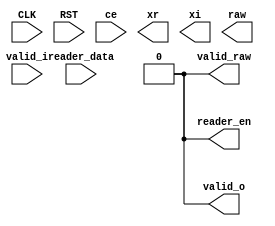

module iqmap_bpsk
  (
   input         CLK,
   input         RST,

   input         ce,
   
   input         valid_i,
   input [127:0] reader_data,
   output        reader_en,

   output [10:0] xr,
   output [10:0] xi,
   output        valid_o,

   output        valid_raw,
   output        raw
   );
	
	assign valid_o = 0;
	assign valid_raw = 0;

endmodule